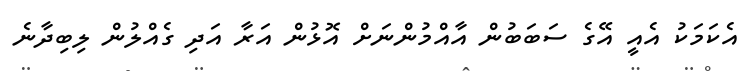
އެކަމަކު އެއީ އޭގެ ސަބަބުން އާއްމުންނަށް އޮޅުން އަރާ އަދި ގެއްލުން ލިބިދާނެ